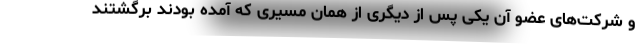
و شرکت‌های عضو آن یکی پس از دیگری از همان مسیری که آمده بودند برگشتند